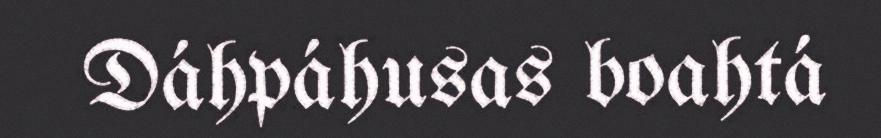
Dáhpáhusas boahtá